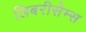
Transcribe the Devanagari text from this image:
लिबरीसेम्स